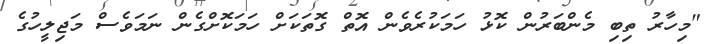
"މިހާރު ތިބި މެންބަރުން ކޮޅު ހަމަކުރެވެން އޮތް ގޮތަކަށް ހަމަކޮށްގެން ނަމަވެސް މަޖިލީހުގެ